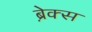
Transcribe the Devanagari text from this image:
ब्रे़क्स